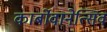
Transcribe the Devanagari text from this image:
कार्बोवानेत्सिव